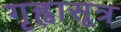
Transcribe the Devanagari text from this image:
गृह्वासूत्र